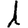
Digit: 1